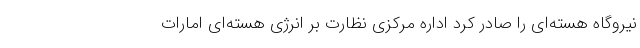
نیروگاه هسته‌ای را صادر کرد اداره مرکزی نظارت بر انرژی هسته‌ای امارات